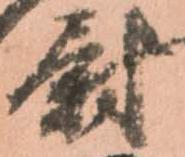
尉